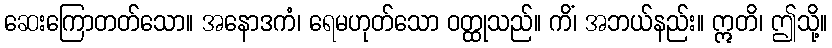
ဆေးကြောတတ်သော။ အနောဒကံ၊ ရေမဟုတ်သော ဝတ္ထုသည်။ ကိံ၊ အဘယ်နည်း။ ဣတိ၊ ဤသို့။